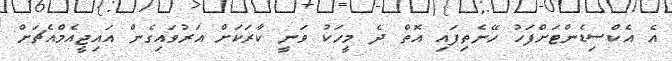
އެ އެކްސިޑެންޓަށްފަހު ހޭނެތިފައި އޮތް ދެ މީހަކު ވަނީ ކާރަކަށް އަރުވައިގެން އައިޖީއެމްއެޗަށް